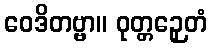
ဝေဒိတဗ္ဗာ။ ဝုတ္တဉှေတံ